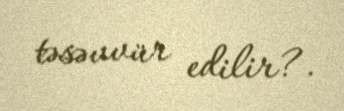
təsəvvür edilir?.